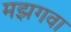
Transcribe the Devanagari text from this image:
मझगवा